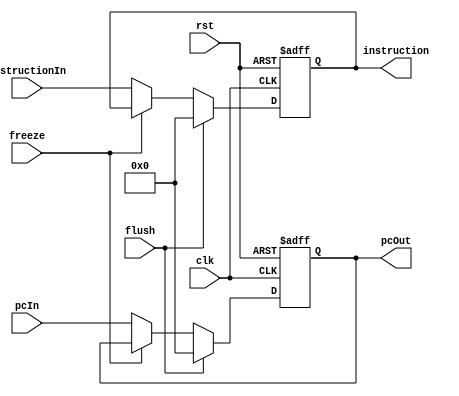
module IFIDreg #(parameter N = 32)(clk, rst, freeze, flush, pcIn, instructionIn, pcOut, instruction);
    input clk, rst, freeze, flush;
    input [N-1:0] pcIn;
    input [N-1:0] instructionIn;
    output reg [N-1:0] pcOut;
    output reg [N-1:0] instruction;

    always @(posedge clk or posedge rst) begin
        if(rst) begin
            pcOut <= 0;
            instruction <= 0;
        end  
        else if(flush) begin
            pcOut <= 0;
            instruction <= 0;
        end
        else if(~freeze) begin
            pcOut <= pcIn;
            instruction <= instructionIn;
        end    
    end
endmodule